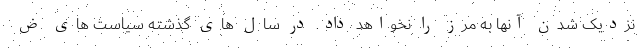
نزدیک شدن آنها به مرز را نخواهد داد. در سال های گذشته سیاست های ض